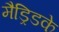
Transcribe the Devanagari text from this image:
मैड्रिडके